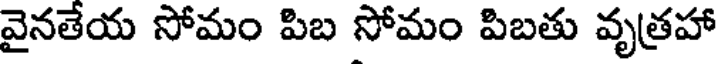
వైనతేయ సోమం పిబ సోమం పిబతు వృత్రహా